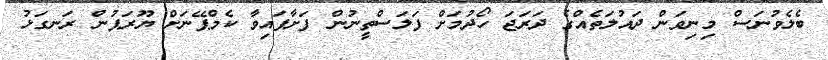
ބެލެވުނަސް މިނިވަން ދައުލަތެއްގެ ދަރަޖަ ހޯދުމަށް ފަލަސްތީނުން ފަށާފައިވާ ކެމްޕޭނަށް ޔޫރަޕުން ރަނގަޅު